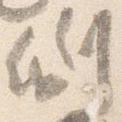
例